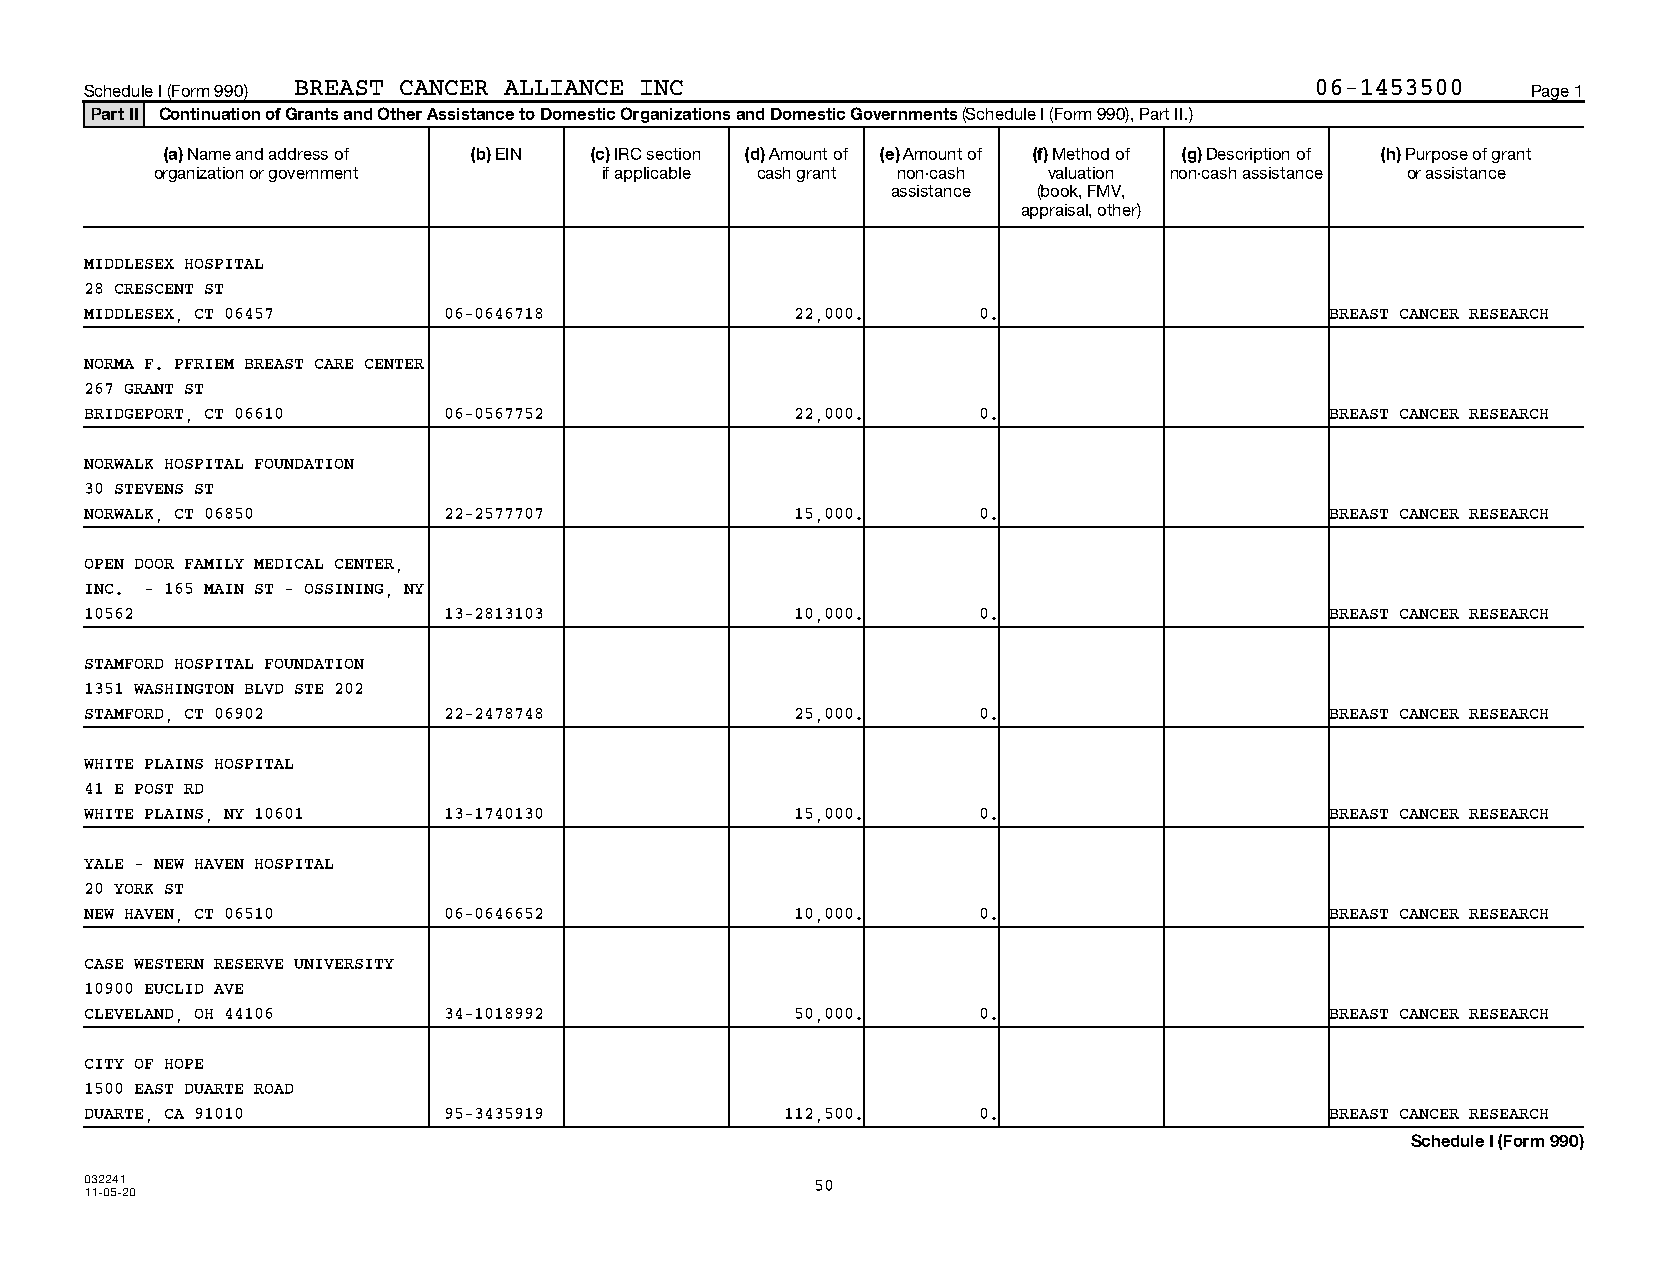
Schedule I (Form 990) BREAST CANCER ALLIANCE INC                                 06-1453500    Page 1
 Part II Continuation of Grants and Other Assistance to Domestic Organizations and Domestic Governments (Schedule I (Form 990), Part II.)
 (a) Name and address of (b) EIN (c) IRC section (d) Amount of (e) Amount of (f) Method of (g) Description of (h) Purpose of grant
 organization or government    if applicable cash grant non-cash valuation non-cash assistance or assistance
 assistance (book, FMV,
 appraisal, other)
 MIDDLESEX HOSPITAL
 28 CRESCENT ST
 MIDDLESEX, CT 06457    06-0646718              22,000.     0.                     BREAST CANCER RESEARCH
 NORMA F. PFRIEM BREAST CARE CENTER
 267 GRANT ST
 BRIDGEPORT, CT 06610   06-0567752              22,000.     0.                     BREAST CANCER RESEARCH
 NORWALK HOSPITAL FOUNDATION
 30 STEVENS ST
 NORWALK, CT 06850      22-2577707              15,000.     0.                     BREAST CANCER RESEARCH
 OPEN DOOR FAMILY MEDICAL CENTER,
 INC. - 165 MAIN ST - OSSINING, NY
 10562                  13-2813103              10,000.     0.                     BREAST CANCER RESEARCH
 STAMFORD HOSPITAL FOUNDATION
 1351 WASHINGTON BLVD STE 202
 STAMFORD, CT 06902     22-2478748              25,000.     0.                     BREAST CANCER RESEARCH
 WHITE PLAINS HOSPITAL
 41 E POST RD
 WHITE PLAINS, NY 10601 13-1740130              15,000.     0.                     BREAST CANCER RESEARCH
 YALE - NEW HAVEN HOSPITAL
 20 YORK ST
 NEW HAVEN, CT 06510    06-0646652              10,000.     0.                     BREAST CANCER RESEARCH
 CASE WESTERN RESERVE UNIVERSITY
 10900 EUCLID AVE
 CLEVELAND, OH 44106    34-1018992              50,000.     0.                     BREAST CANCER RESEARCH
 CITY OF HOPE
 1500 EAST DUARTE ROAD
 DUARTE, CA 91010       95-3435919             112,500.     0.                     BREAST CANCER RESEARCH
 Schedule I (Form 990)
 032241                                          50
 11-05-20